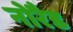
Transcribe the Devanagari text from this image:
नोरैड